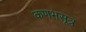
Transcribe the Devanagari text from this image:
कणभसूत्र